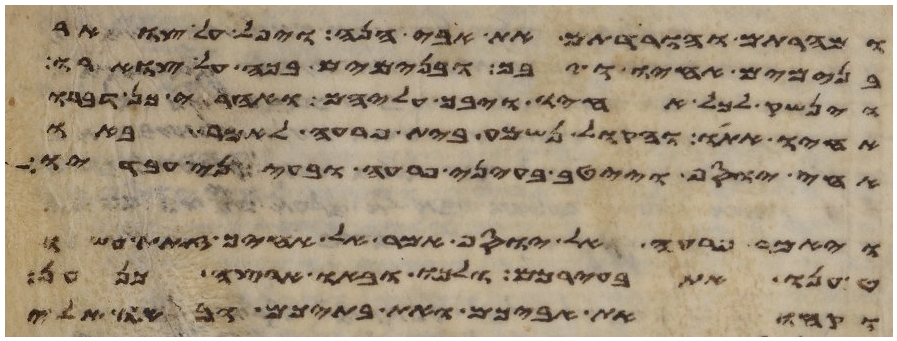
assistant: ומהרתם והורדתם את אבי הנה ויפל על צואר
בנימים אחיו ויבך ובנימים בכה על צוארו
וינשק לכל אחיו ויבך עליהם ואחרי כן דברו
אחיו אתו והקול נשמע בית פרעה לאמר באו
אחי יוסף וייטב בעיני פרעה ובעיני עבדיו
ויאמר פרעה אל יוסף אמר אל אחיך זאת עשו
טענו את בעירכם ולכו ובאו ארצה כנען
וקחו את אביכם ואת בתיכם ובאו אלי